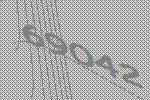
69042